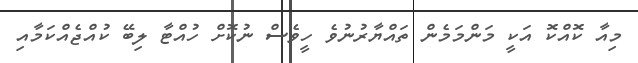
މިއާ ކޮއްކޮ އަކީ މަންމަމެން ތައްޔާރުނުވެ ހީވެސް ނުކޮށް ހުއްޓާ ލިބޭ ކުއްޖެއްކަމާއި